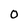
Character: O